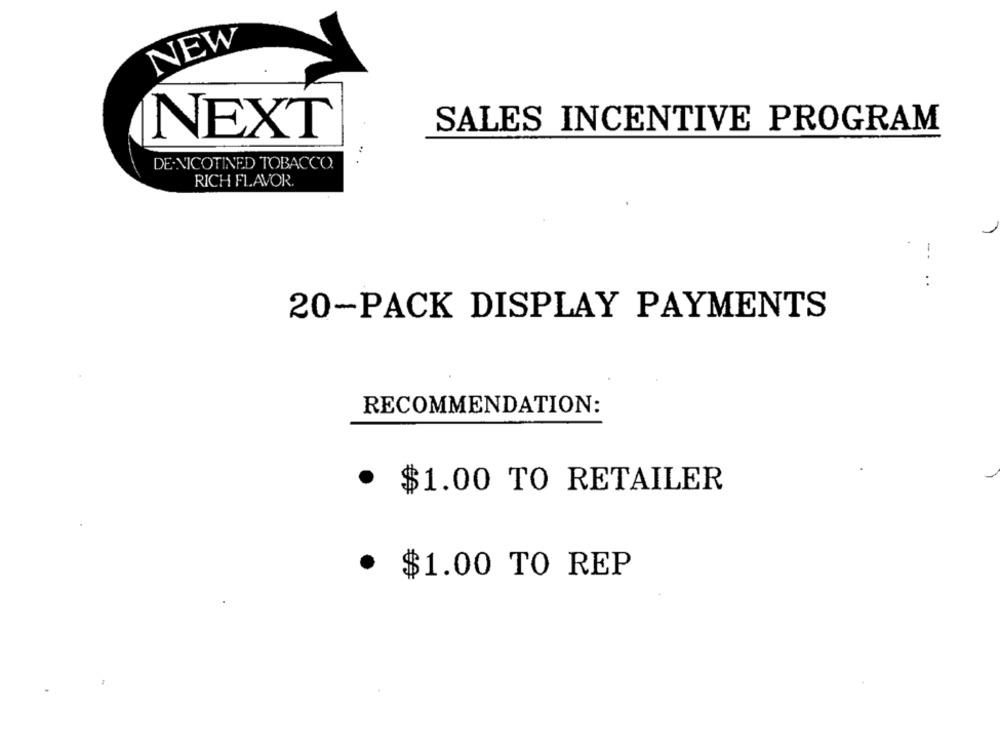
NEW
SALES INCENTIVE PROGRAM
NEXT
DE.NICOTINED TOBACCO.
RICH FLAVOR.
:
20-PACK DISPLAY PAYMENTS
RECOMMENDATION:
· $1.00 TO RETAILER
· $1.00 TO REP